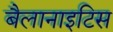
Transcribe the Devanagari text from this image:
बैलानाइटिस